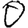
Digit: 0